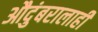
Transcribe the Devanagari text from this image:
औदुंबरालाही